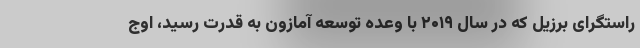
راستگرای برزیل که در سال ۲۰۱۹ با وعده توسعه آمازون به قدرت رسید، اوج